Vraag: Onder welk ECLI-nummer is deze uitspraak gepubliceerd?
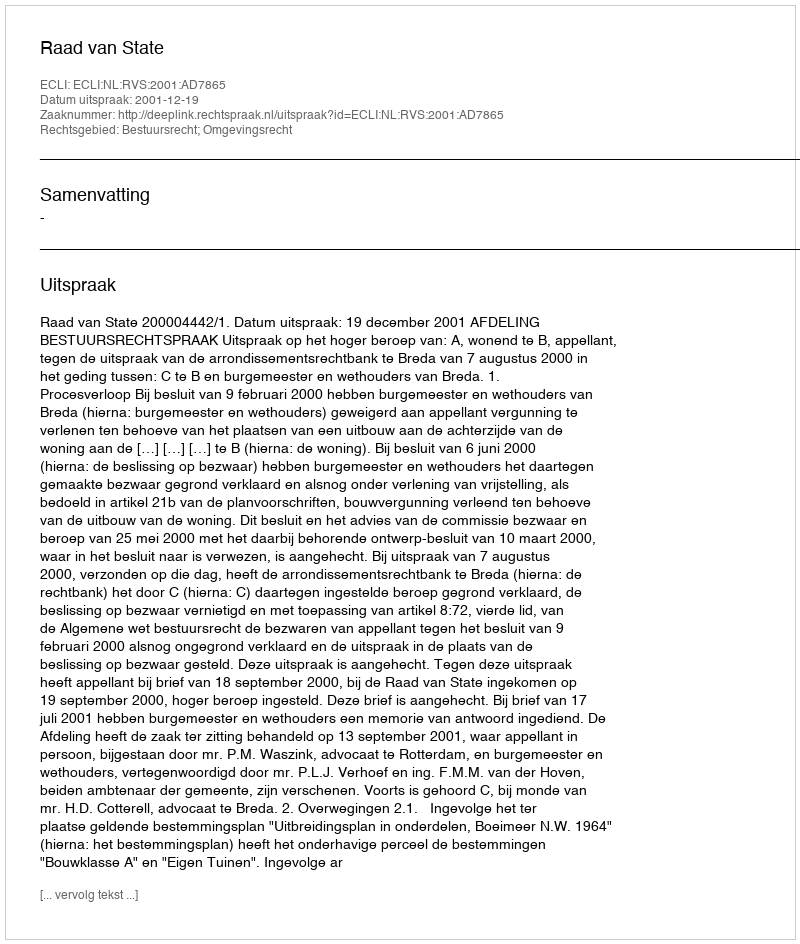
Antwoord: ECLI:NL:RVS:2001:AD7865